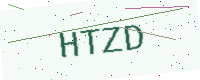
Text: HTZD